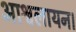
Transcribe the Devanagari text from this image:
आश्वलायन।